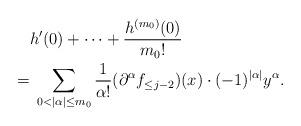
LaTeX: \begin{align*} & h^{\prime}(0) + \cdots+ \frac{h^{(m_0)}(0)} {m_0!} \\ = &\; \sum_{0<|\alpha|\le m_0} \frac 1 {\alpha!} (\partial^{\alpha} f_{\le j-2}) (x) \cdot (-1)^{|\alpha|} y^{\alpha}. \end{align*}